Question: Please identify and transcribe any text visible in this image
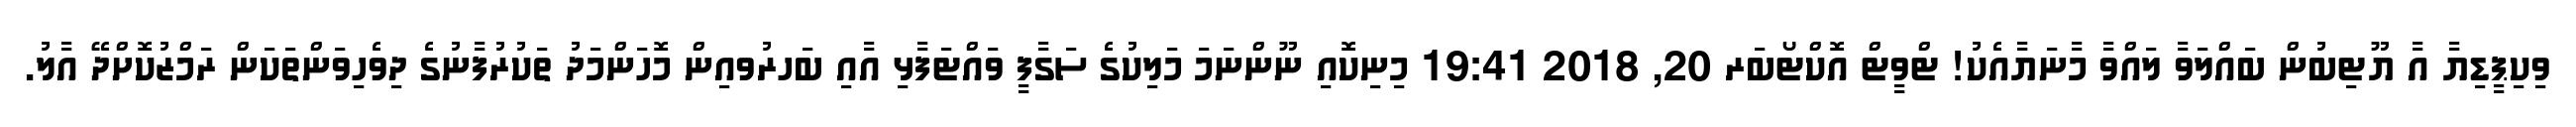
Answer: ވިކިޕީޑިޔާ އާ ޔޫޓިބުން ބައްލަވާ ލައްވާ މާނަޔާއެކު! ޓްވީޓް އޮކްޓޯބަރ 20, 2018 19:41 މިނިކޮއި ނޫންނަމަ މަލިކުގެ ސަގާފީ ވައްޓަފާޅި އާއި ބަހރުވއިން މޮހަންމަދު ތަކުރުފާނުގެ ދިވެހިވަންތަކަން ރަމްޒުކޮށްދޭ އާލު.